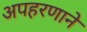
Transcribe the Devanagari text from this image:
अपहरणाने